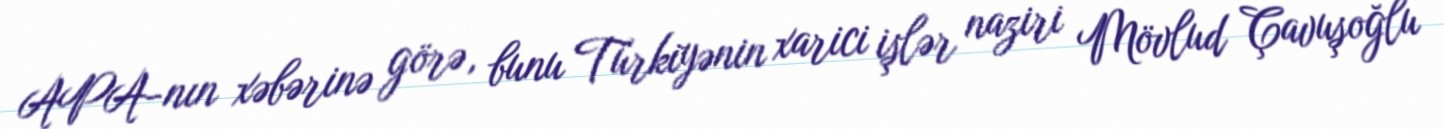
APA-nın xəbərinə görə, bunu Türkiyənin xarici işlər naziri Mövlud Çavuşoğlu